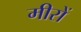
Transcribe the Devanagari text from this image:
मीरों